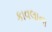
કાવલાના